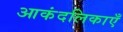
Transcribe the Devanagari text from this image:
आकंदलिकाएँ